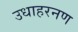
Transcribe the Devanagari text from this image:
उधाहरनण